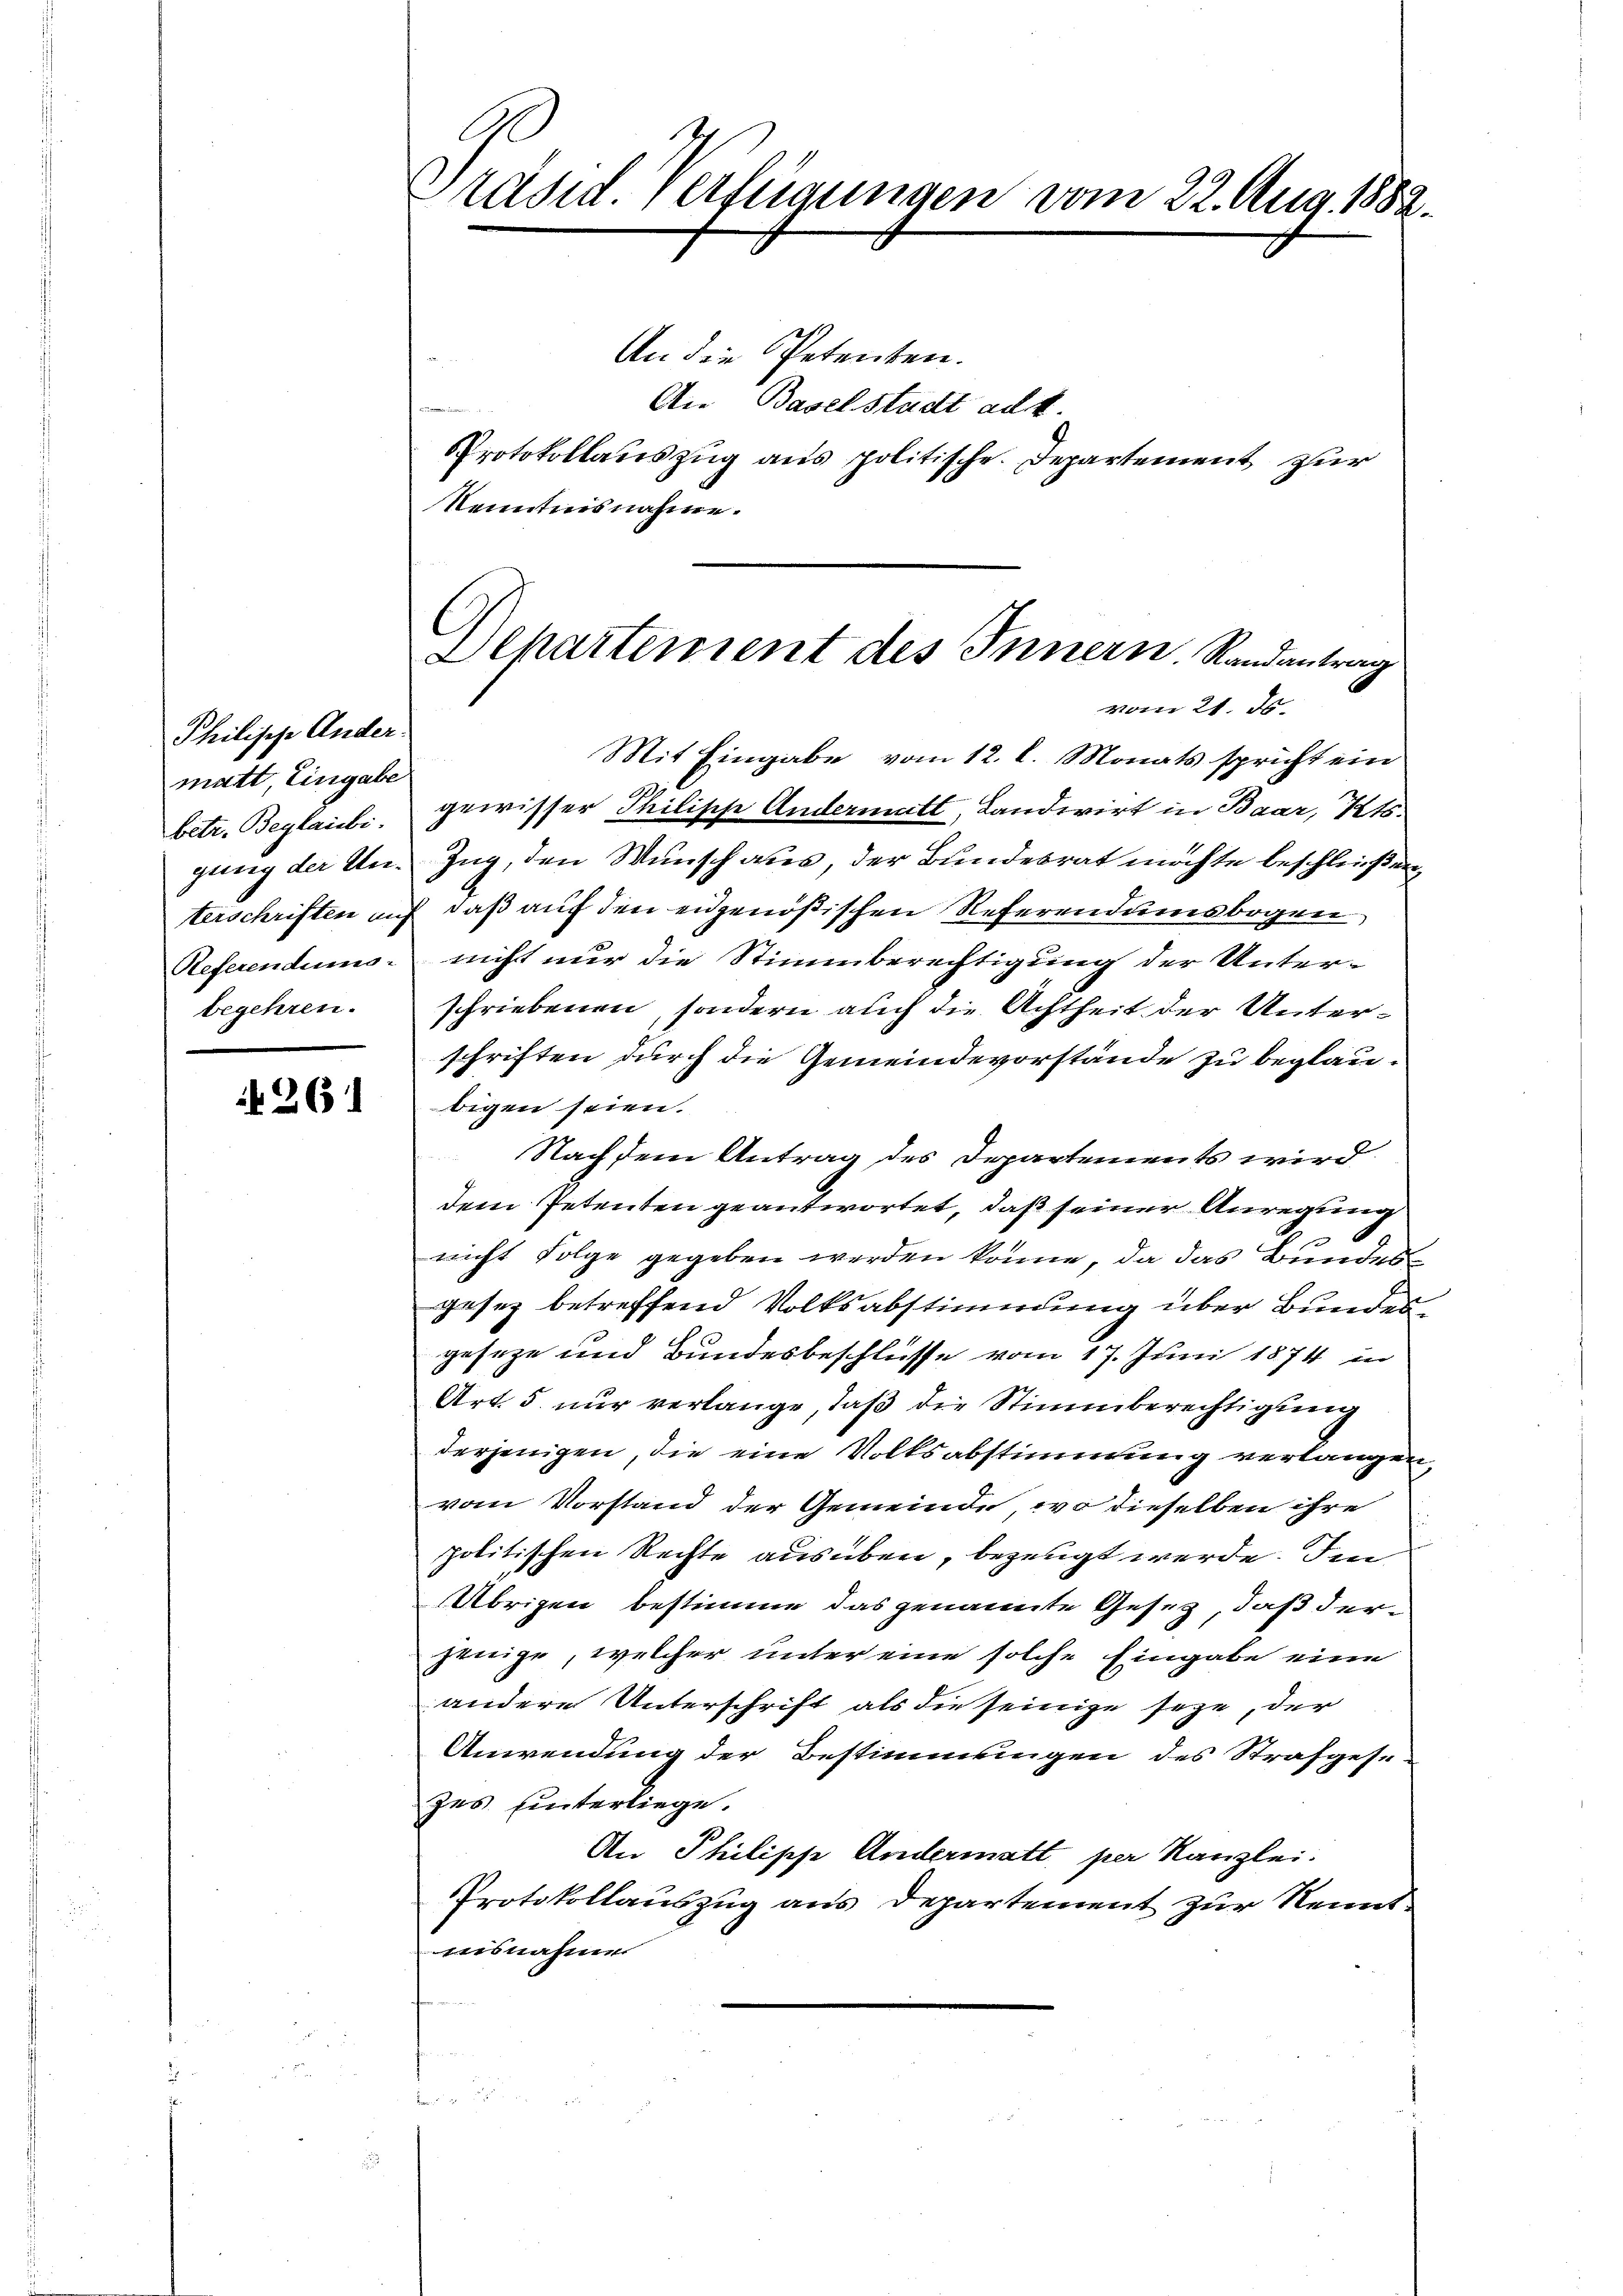
Philische Ander
matt, Eingabe
betr. Beglaibi.
gung der Unterschriften auf
Referendung
begehren.

26

Präsid. Verfügungen vom 22. Aug. 1882.

An die Petenten.
An Baselstadt adk.
u
Protokollauszug aus politische. Departement zur
Kenntnisnahme.

Mit Eingabe vom 12. l. Monats spricht ein
gewisser Philische Andermatt, Landwirt in Baar, Kts.
Zug, den Wunsch aus, der Bundesrat möchte beschließen,
daß auf den eidgenößischen Referendumsbogen
nicht nur die Stimmberechtigung der Unterschriebenen, sondern auch die Achtheit der Unterschriften durch die Gemeindevorstände zu beglaubigen seien.
Nach dem Antrag des Departements wird
dem Petenten geantwortet, daß seiner Anregung
nicht Folge gegeben werden könne, da das Bundes
gesez betreffend Volksabstimmung über Bundesgeseze und Bundesbeschlüsse vom 17. Juni 1874 in
Art. 5 nur verlange, daß die Stimmberechtigung
derjenigen, die eine Volksabstimmung verlangen
vom Vorstand der Gemeinde, wo dieselben ihre
politischen Rechte ausüben, bezeugt werde. Imm
Übrigen bestimme das genannte Gesetz, daß derzweige, welcher unter eine solche Eingabe eine
andere Unterschrift als die seinige seye, der
Anwendung der Bestimmungen des Strafgesezes hinterliege.
An Philische Andermatt, per Kanzlei.
Protokollauszug aus Departement zur Nenntuisnahme

Departement des Innern. Randantrag
vom 21. ds.